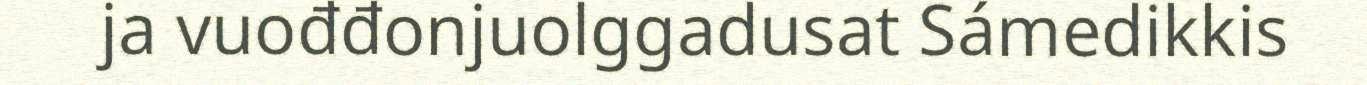
ja vuođđonjuolggadusat Sámedikkis